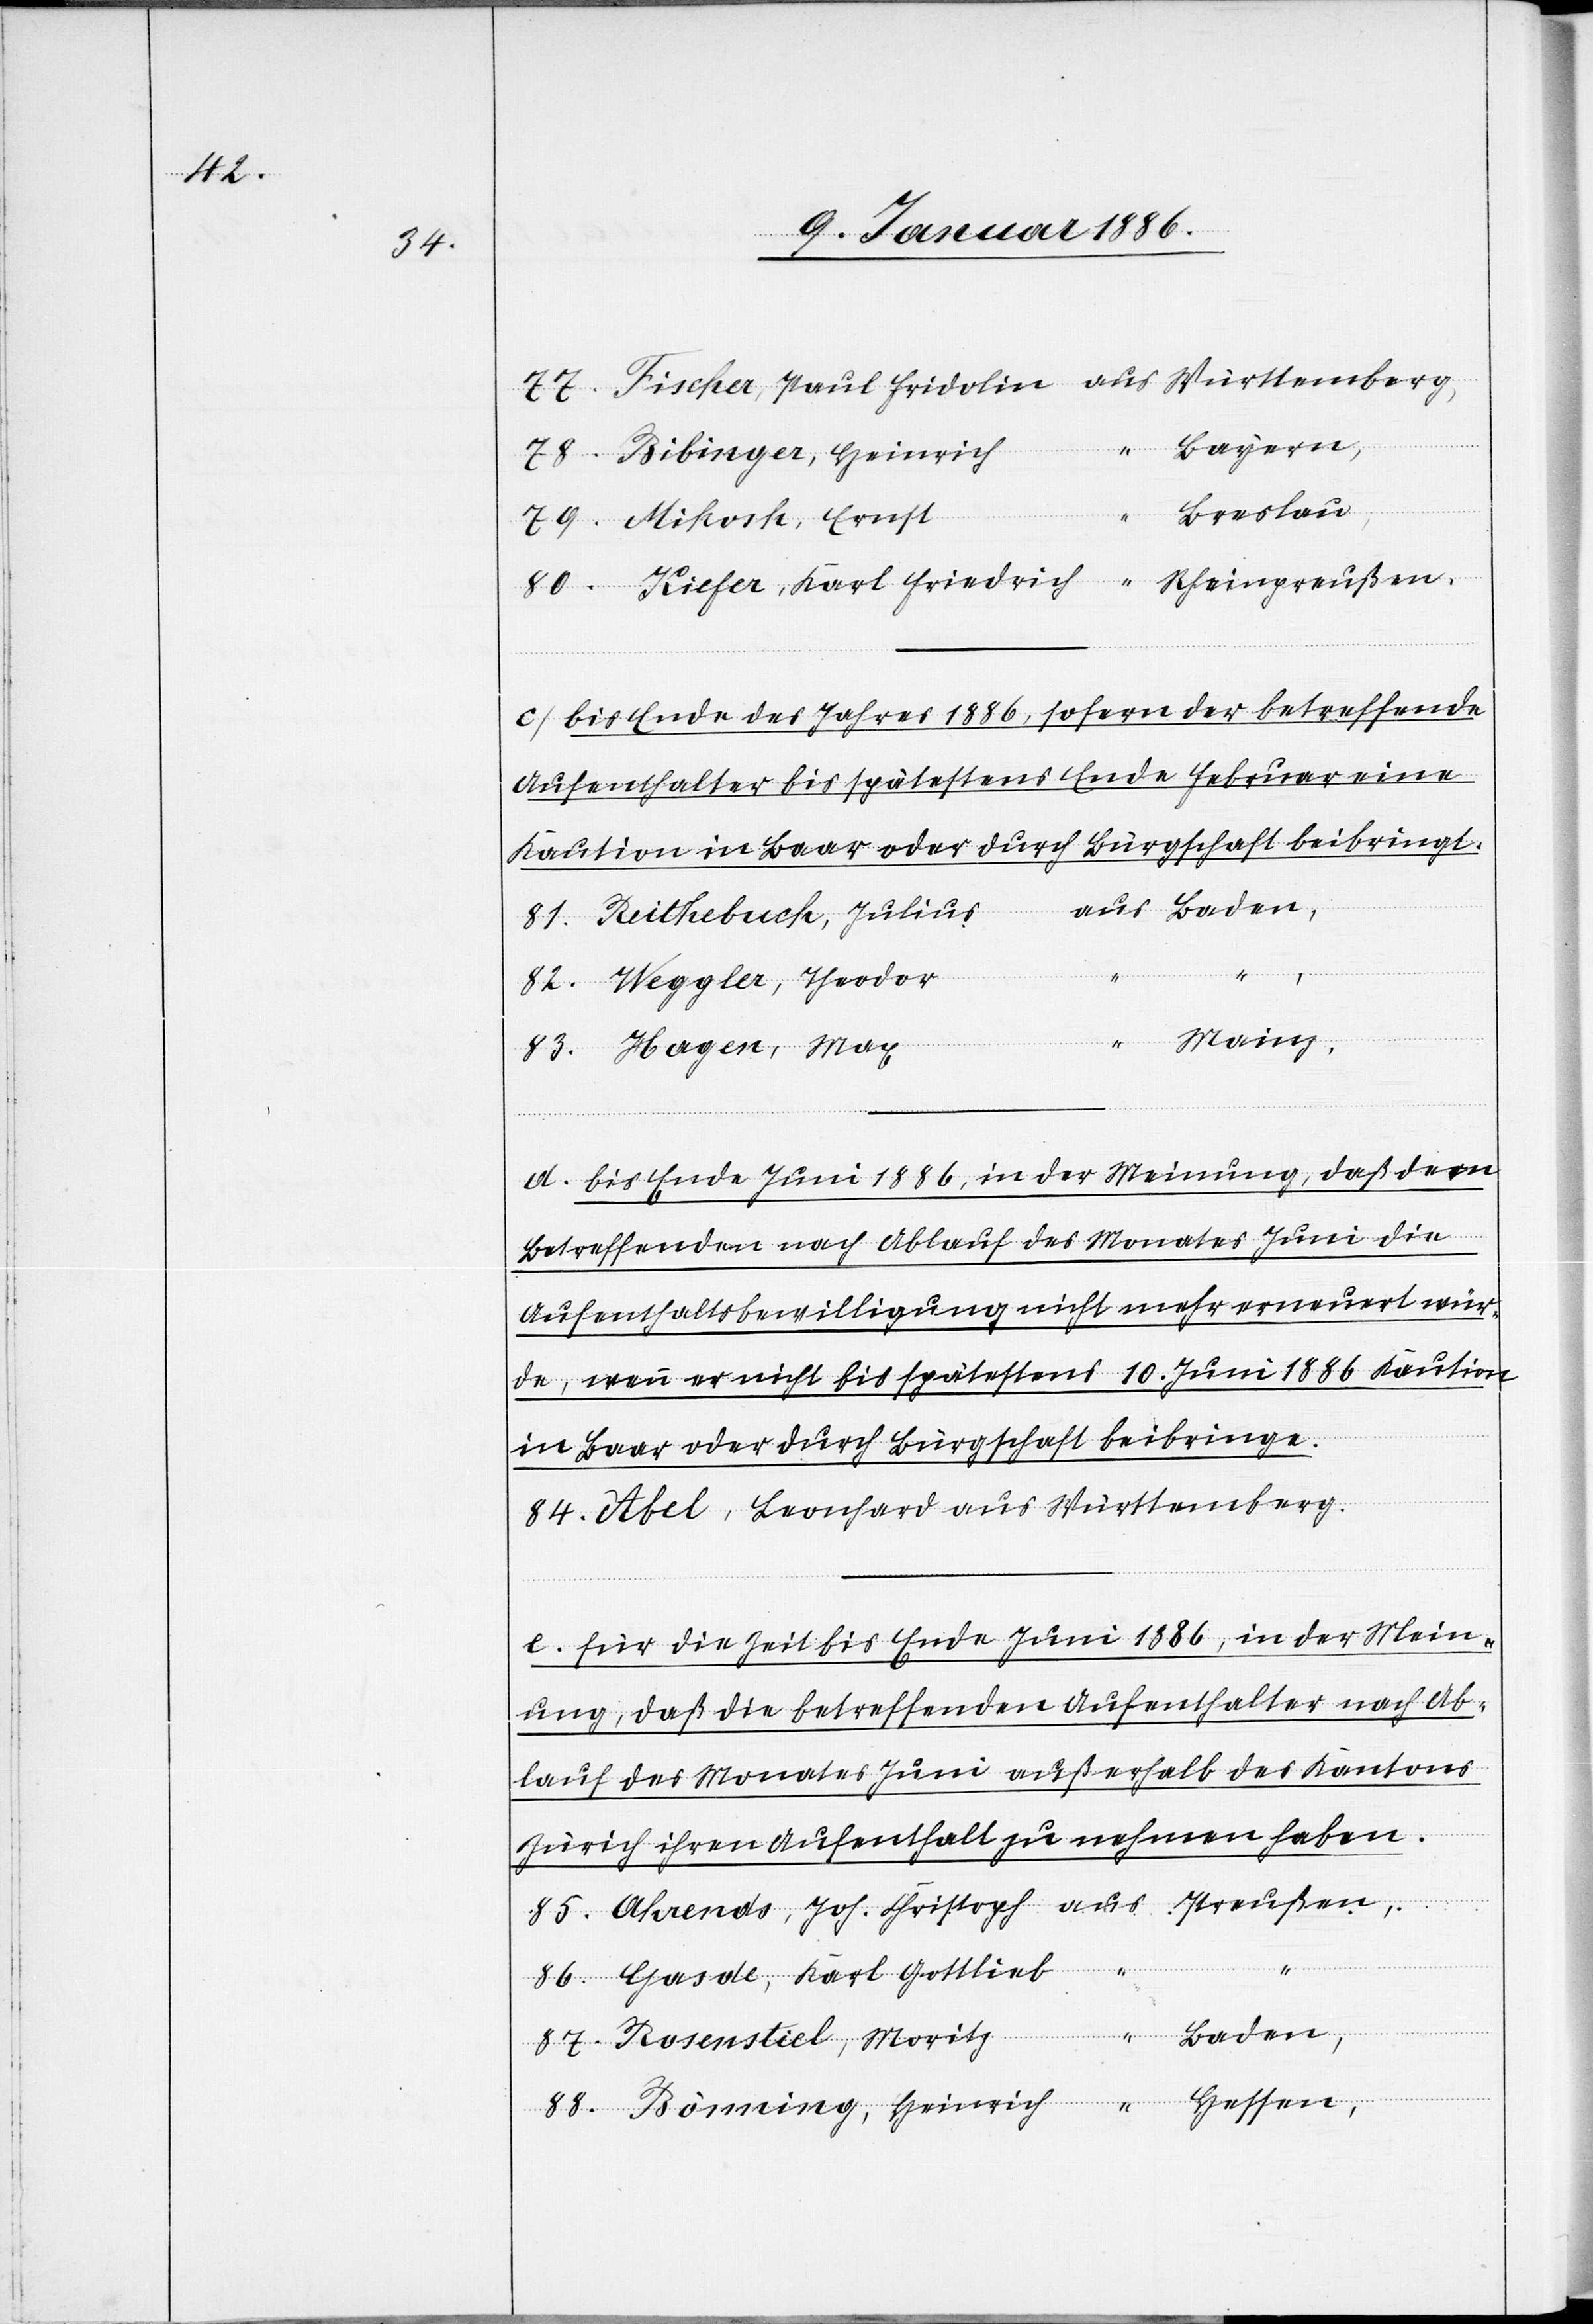
88.

84.

Böming,
Hager,
Bibinger, Heinrich
Breslau,
c) Bis Ende des Jahres 1886, sofern der betreffende
Aufenthalter bis spätestens Ende Februar eine
Kaution in Baar oder durch Bürgschaft beibringt.
Weggler, Theodor
d) Bis Ende Juni 1886, in der Meinung, daß den
Betreffenden nach Ablauf des Monates Juni die
Aufenthaltsbewilligungen nicht mehr erneuert wür¬
de, wenn er nicht bis spätestens 10. Juni 1886 Kaution
in Baar oder durch Bürgschaft beibringe.
e) Für die Zeit bis Ende Juni 1886, in der Mein¬
ung, daß die betreffenden Aufenthalter nach Ab¬
lauf des Monates Juni außerhalb des Kantons
Zürich ihren Aufenthalt zu nehmen haben.
aus
Gasde, Karl Gottlieb,
Hessen,
Baden,